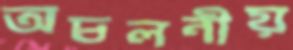
অচলনীয়